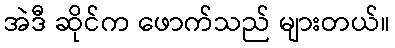
အဲဒီ ဆိုင်က ဖောက်သည် များတယ်။